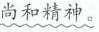
尚和精神。